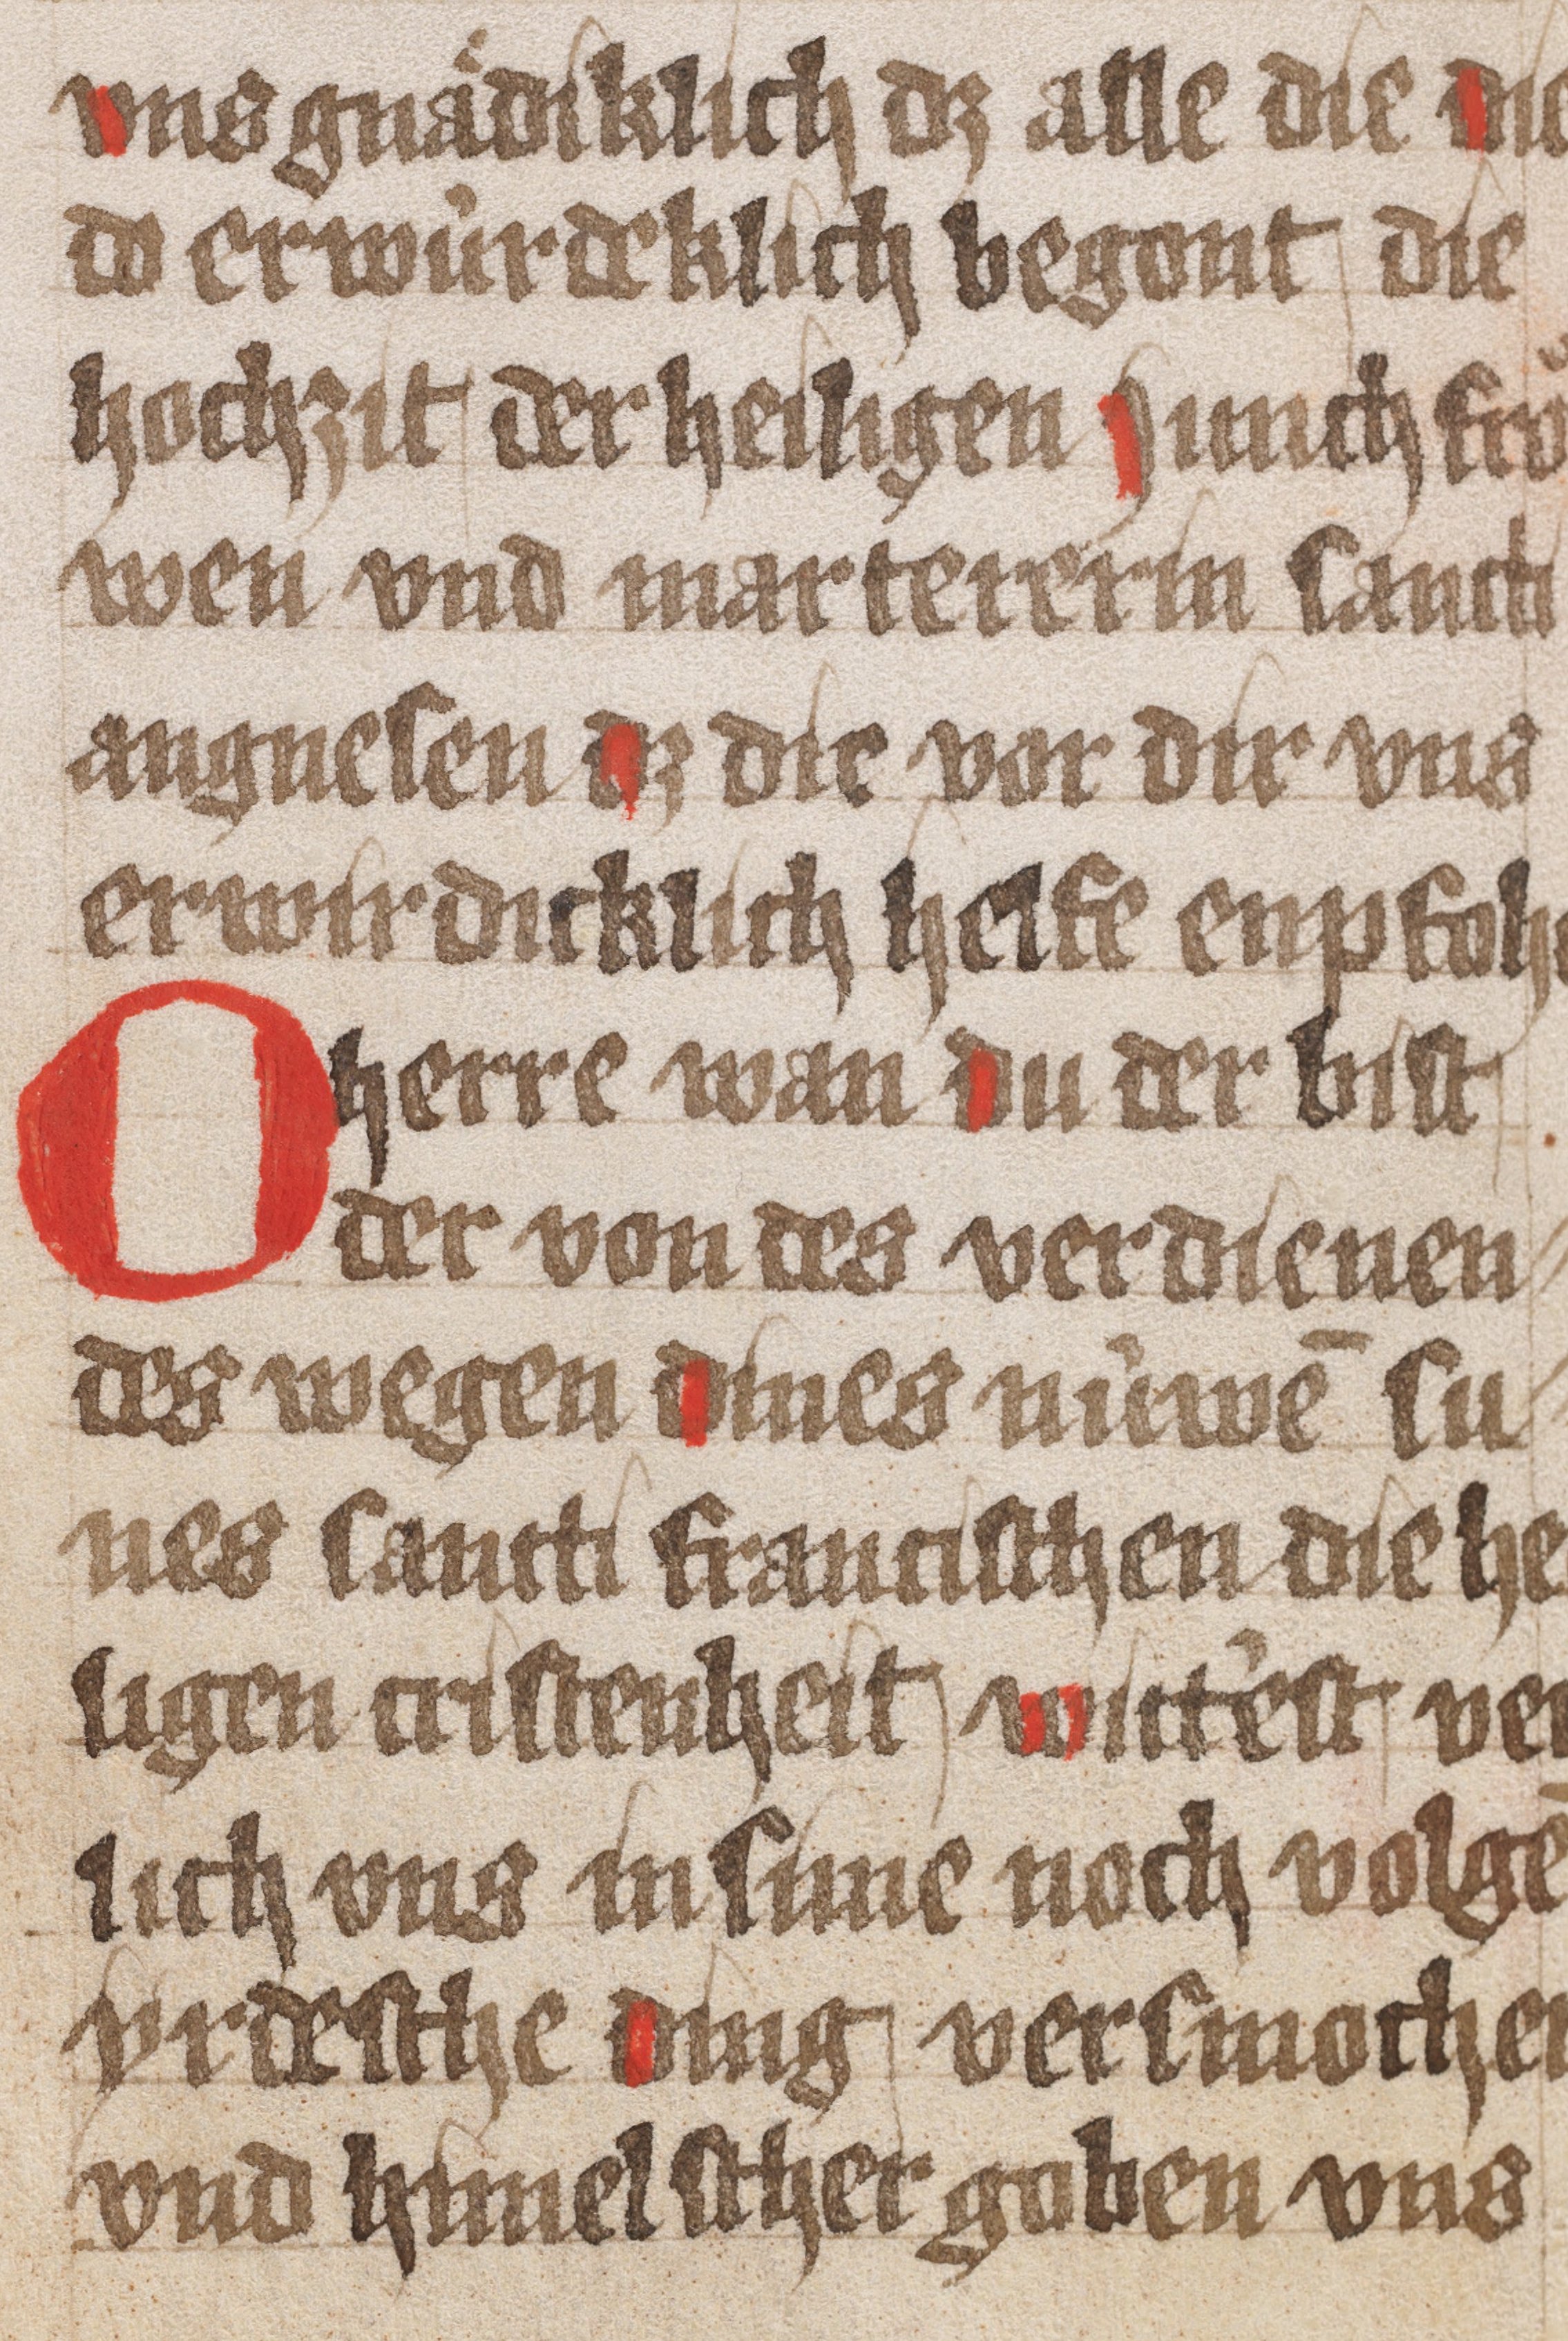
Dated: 1450–1499